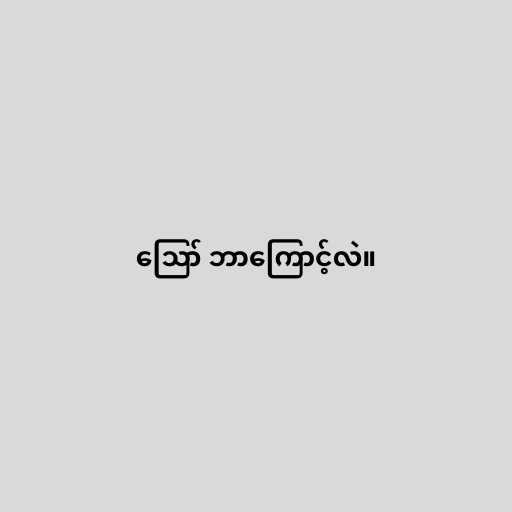
ဪ ဘာကြောင့်လဲ။